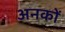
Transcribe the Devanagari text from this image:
अनकों